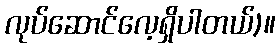
လုပ်ဆောင်လေ့ရှိပါတယ်)။